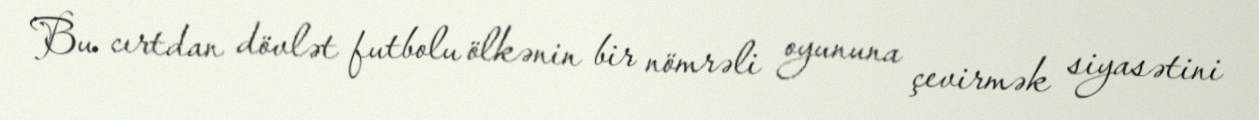
Bu cırtdan dövlət futbolu ölkənin bir nömrəli oyununa çevirmək siyasətini